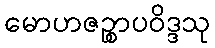
မောဟဇဉ္စာပဝိဒ္ဒသု